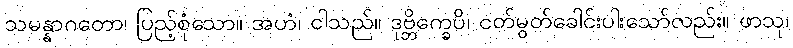
သမန္နာဂတော၊ ပြည့်စုံသော။ အဟံ၊ ငါသည်။ ဒုဗ္ဘိက္ခေပိ၊ ငတ်မွတ်ခေါင်းပါးသော်လည်း။ ဖာသု၊